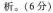
析。(6分)